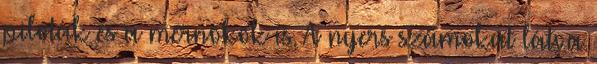
pilóták és a mérnökök is. A nyers számokat látva